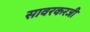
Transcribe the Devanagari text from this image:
सावरकरजी